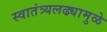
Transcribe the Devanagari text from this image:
स्वातंत्र्यलढ्यामुळे